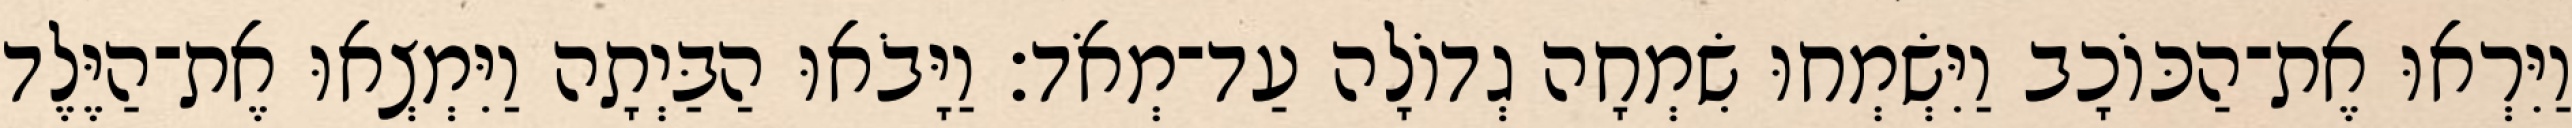
וַיִּרְאוּ אֶת־הַכּוֹכָב וַיִּשְׂמְחוּ שִׂמְחָה גְדוֹלָה עַד־מְאֹד׃ וַיָּבֹאוּ הַבַּיְתָה וַיִּמְצְאוּ אֶת־הַיֶּלֶד